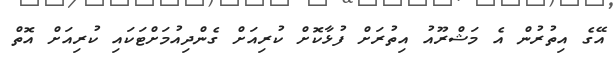
އޭގެ އިތުރުން އެ މަޝްރޫއު އިތުރަށް ފުޅާކޮށް ކުރިއަށް ގެންދިއުމަށްޓަކައި ކުރިއަށް އޮތް